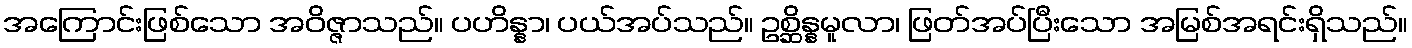
အကြောင်းဖြစ်သော အဝိဇ္ဇာသည်။ ပဟိန္နာ၊ ပယ်အပ်သည်။ ဥစ္ဆိန္နမူလာ၊ ဖြတ်အပ်ပြီးသော အမြစ်အရင်းရှိသည်။